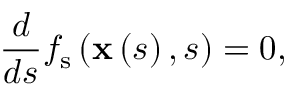
\frac { d } { d s } f _ { \mathrm { s } } \left( \mathbf { x } \left( s \right) , s \right) = 0 ,